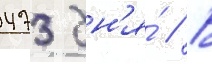
473 дн'я́ // В